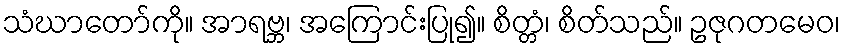
သံဃာတော်ကို။ အာရဗ္ဘ၊ အကြောင်းပြု၍။ စိတ္တံ၊ စိတ်သည်။ ဥဇုဂတမေဝ၊